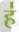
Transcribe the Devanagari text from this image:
ह॑